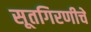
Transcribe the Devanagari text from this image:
सूतगिरणीचे